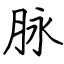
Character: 脉